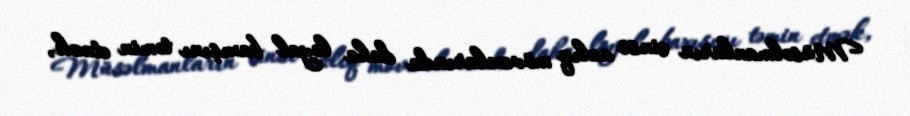
Müsəlmanların cinsi azlıq mövzularında daha loyal baxışını təmin etmək,